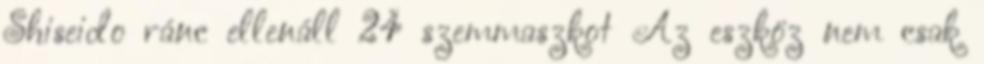
Shiseido ránc ellenáll 24 szemmaszkot Az eszköz nem csak